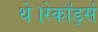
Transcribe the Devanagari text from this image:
थे।रेकॉर्ड्स